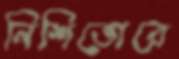
নিশিভোরে